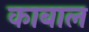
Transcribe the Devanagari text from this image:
काबाल